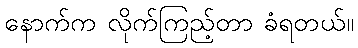
နောက်က လိုက်ကြည့်တာ ခံရတယ်။